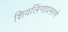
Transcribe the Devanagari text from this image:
शिवलिंगाप्रमाणे